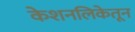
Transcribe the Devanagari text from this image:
केशनलिकेतून